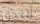
ألتحق